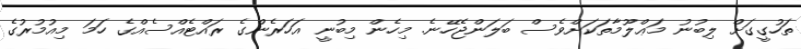
ތަހުގީގަށް ލިބުނު މަޢްލޫމާތަކަށްވެސް ބަލަންޖެހޭނެ. މިހެން މިބުނީ އަހަރެންގެ ރައްޓެއްސެއްގެ ހަމަ މިއުމުރުގެ